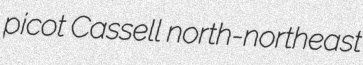
picot Cassell north-northeast